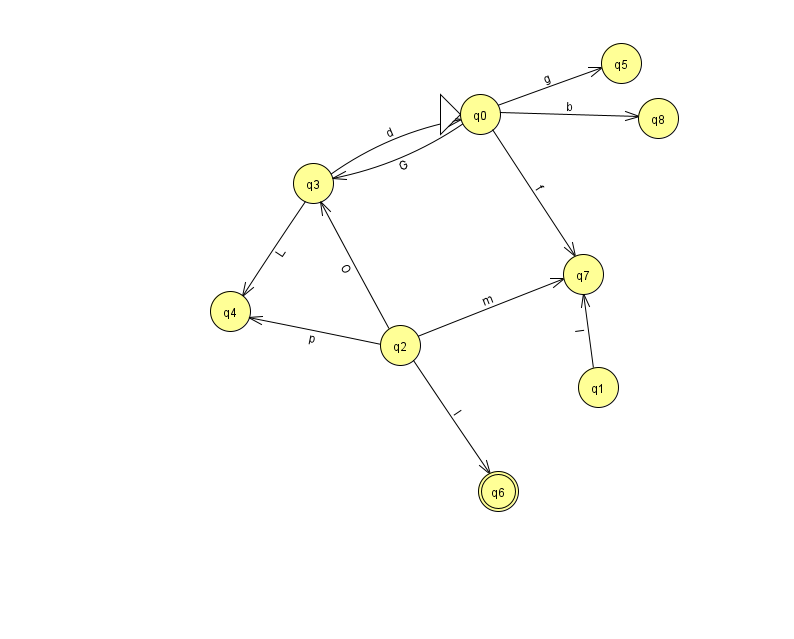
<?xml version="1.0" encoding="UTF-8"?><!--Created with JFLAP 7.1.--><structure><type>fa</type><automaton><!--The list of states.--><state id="0" name="q0"><x>480.0</x><y>101.0</y><initial/></state><state id="1" name="q1"><x>598.0</x><y>374.0</y></state><state id="2" name="q2"><x>400.0</x><y>332.0</y></state><state id="3" name="q3"><x>313.0</x><y>170.0</y></state><state id="4" name="q4"><x>230.0</x><y>298.0</y></state><state id="5" name="q5"><x>621.0</x><y>50.0</y></state><state id="6" name="q6"><x>498.0</x><y>478.0</y><final/></state><state id="7" name="q7"><x>583.0</x><y>261.0</y></state><state id="8" name="q8"><x>658.0</x><y>105.0</y></state><!--The list of transitions.--><transition><from>0</from><to>5</to><read>g</read></transition><transition><from>2</from><to>4</to><read>p</read></transition><transition><from>2</from><to>3</to><read>O</read></transition><transition><from>3</from><to>4</to><read>L</read></transition><transition><from>0</from><to>8</to><read>b</read></transition><transition><from>0</from><to>7</to><read>f</read></transition><transition><from>1</from><to>7</to><read>I</read></transition><transition><from>2</from><to>6</to><read>l</read></transition><transition><from>0</from><to>3</to><read>G</read></transition><transition><from>2</from><to>7</to><read>m</read></transition><transition><from>3</from><to>0</to><read>d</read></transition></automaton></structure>